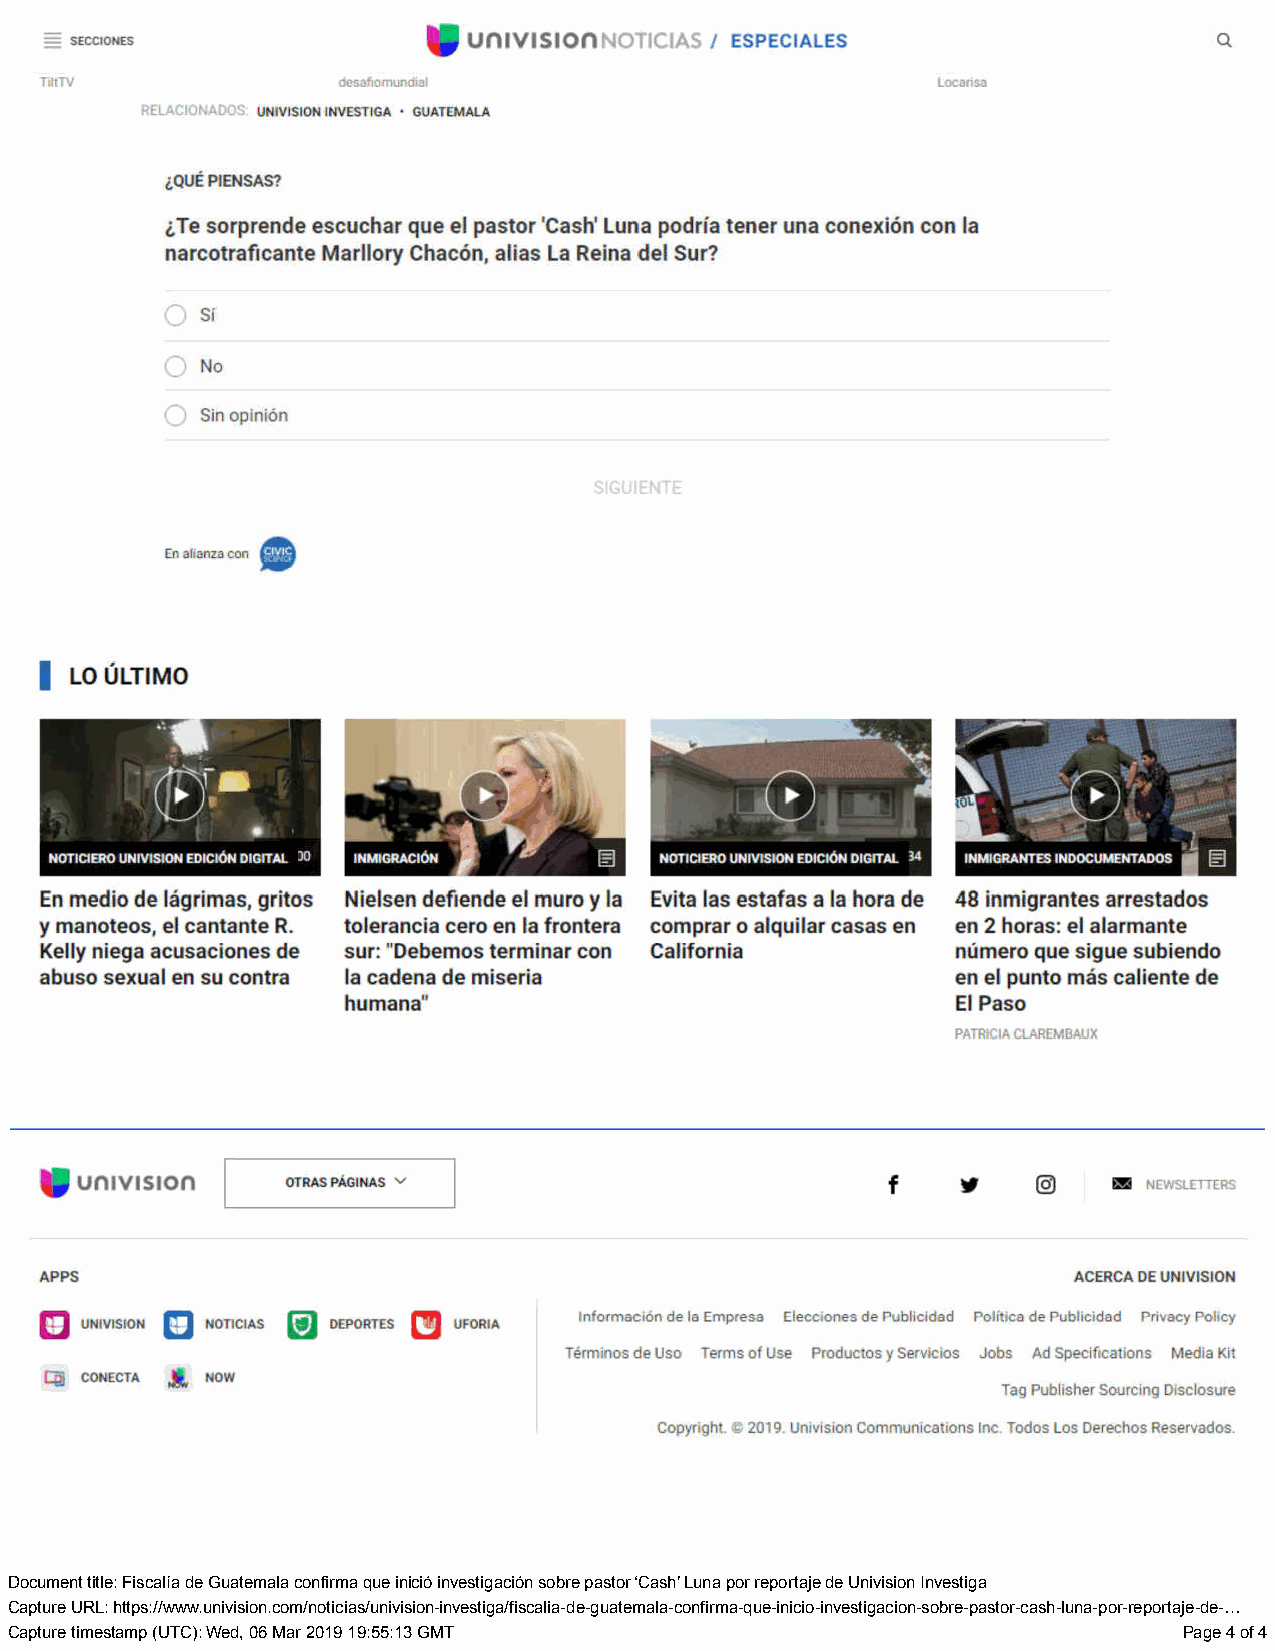
Document title: Fiscalía de Guatemala confirma que inició investigación sobre pastor ‘Cash’ Luna por reportaje de Univision Investiga
 Capture URL: https://www.univision.com/noticias/univision-investiga/fiscalia-de-guatemala-confirma-que-inicio-investigacion-sobre-pastor-cash-luna-por-reportaje-de-…
 Capture timestamp (UTC): Wed, 06 Mar 2019 19:55:13 GMT                        Page 4 of 4